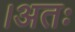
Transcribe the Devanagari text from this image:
।अतः